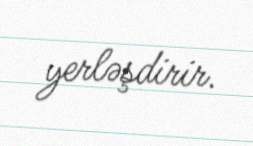
yerləşdirir.